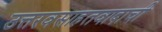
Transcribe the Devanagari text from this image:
उत्तरवसाहतवादाची